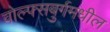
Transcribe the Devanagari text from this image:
वोल्फ्सबुर्गमधील